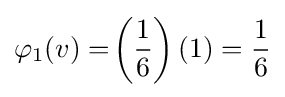
\varphi _{1}(v)=\!\left({\frac {1}{6}}\right)(1)={\frac {1}{6}}